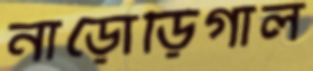
নাড়োড়িগাল